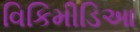
વિકિમીડિઆ